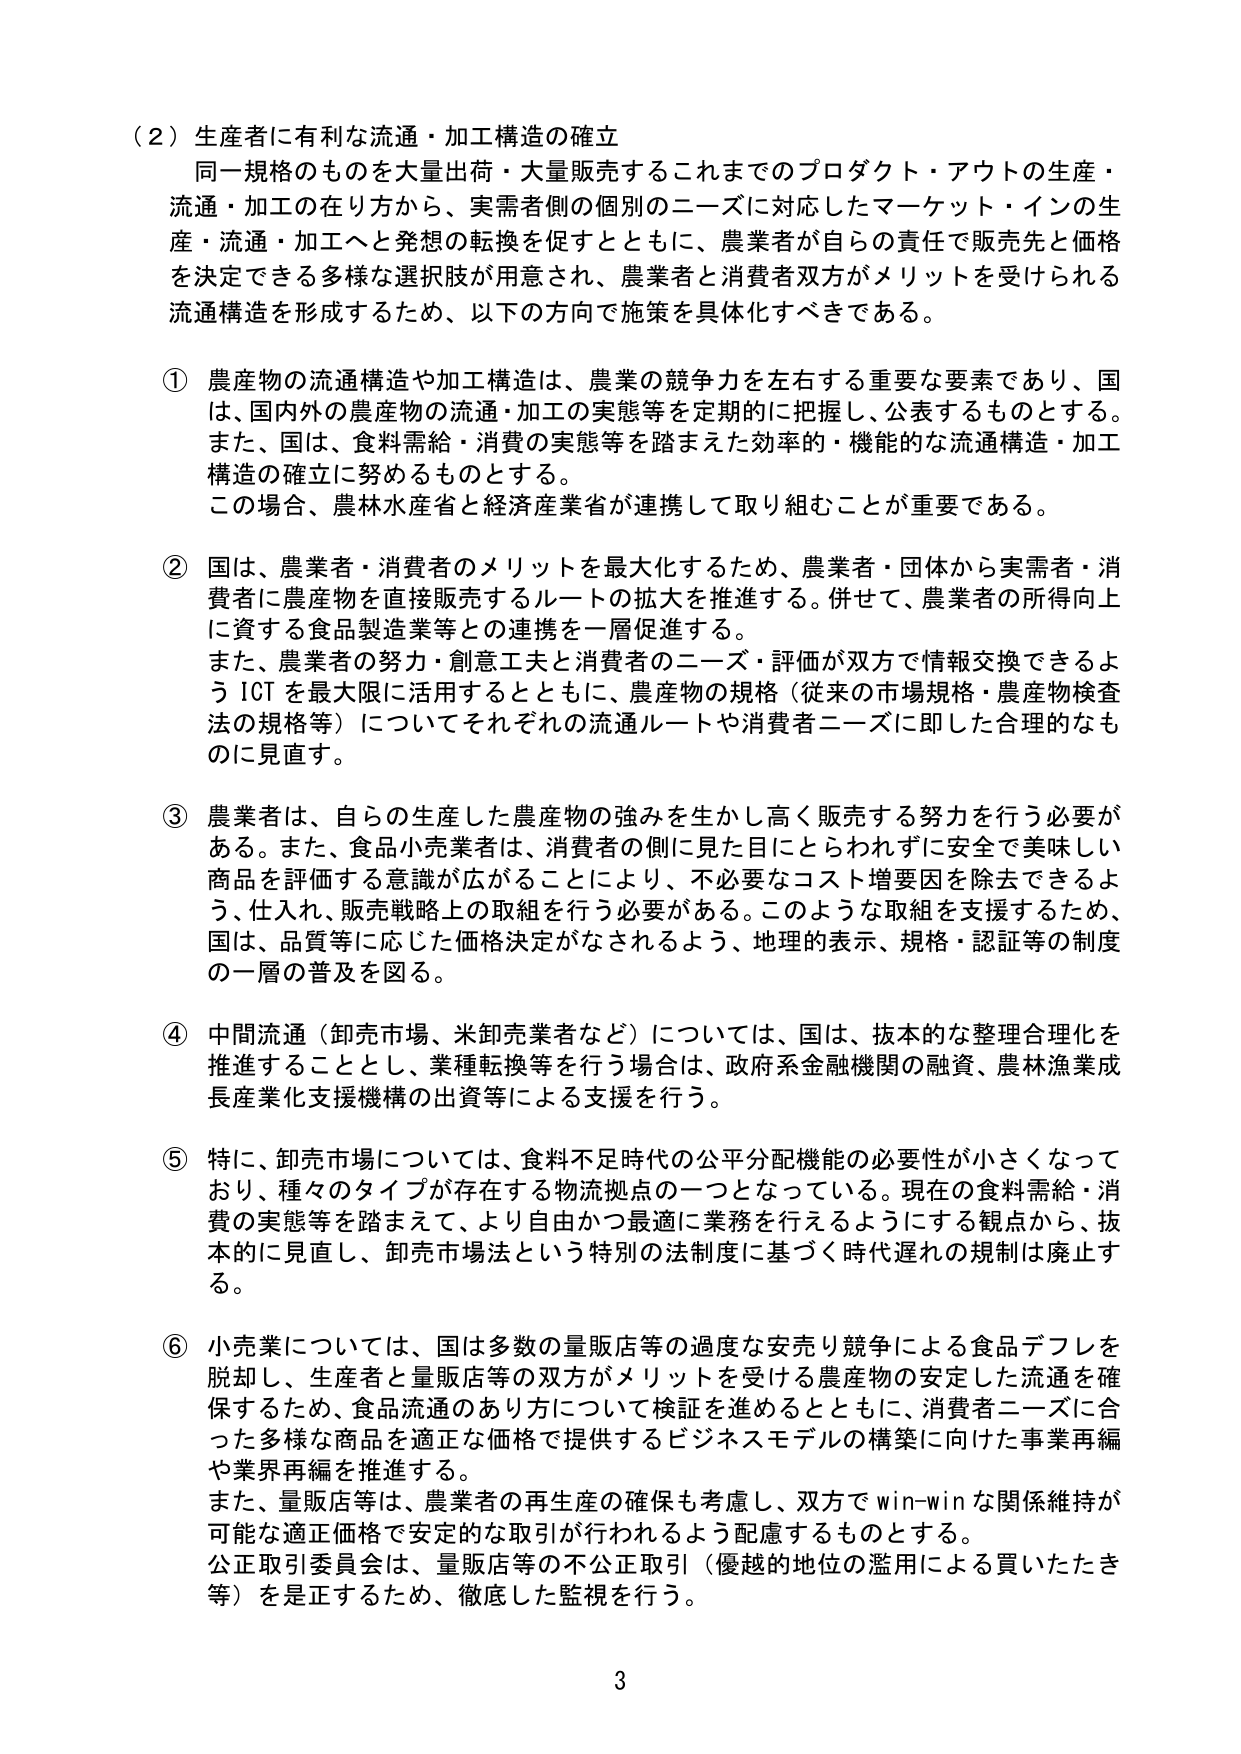
（２）生産者に有利な流通・加工構造の確立
同一規格のものを大量出荷・大量販売するこれまでのプロダクト・アウトの生産・流通・加工の在り方から、実需者側の個別のニーズに対応したマーケット・インの生産・流通・加工へと発想の転換を促すとともに、農業者が自らの責任で販売先と価格を決定できる多様な選択肢が用意され、農業者と消費者双方がメリットを受けられる流通構造を形成するため、以下の方向で施策を具体化すべきである。

① 農産物の流通構造や加工構造は、農業の競争力を左右する重要な要素であり、国は、国内外の農産物の流通・加工の実態等を定期的に把握し、公表するものとする。また、国は、食料需給・消費の実態等を踏まえた効率的・機能的な流通構造・加工構造の確立に努めるものとする。この場合、農林水産省と経済産業省が連携して取り組むことが重要である。

② 国は、農業者・消費者のメリットを最大化するため、農業者・団体から実需者・消費者に農産物を直接販売するルートの拡大を推進する。併せて、農業者の所得向上に資する食品製造業等との連携を一層促進する。また、農業者の努力・創意工夫と消費者のニーズ・評価が双方で情報交換できるよう ICT を最大限に活用するとともに、農産物の規格（従来の市場規格・農産物検査法の規格等）についてそれぞれの流通ルートや消費者ニーズに即した合理的なものに見直す。

③ 農業者は、自らの生産した農産物の強みを生かし高く販売する努力を行う必要がある。また、食品小売業者は、消費者の側に見た目にとらわれずに安全で美味しい商品を評価する意識が広がることにより、不必要なコスト増要因を除去できるよう、仕入れ、販売戦略上の取組を行う必要がある。このような取組を支援するため、国は、品質等に応じた価格決定がなされるよう、地理的表示、規格・認証等の制度の一層の普及を図る。

④ 中間流通（卸売市場、米卸売業者など）については、国は、抜本的な整理合理化を推進することとし、業種転換等を行う場合は、政府系金融機関の融資、農林漁業成長産業化支援機構の出資等による支援を行う。

⑤ 特に、卸売市場については、食料不足時代の公平分配機能の必要性が小さくなっており、種々のタイプが存在する物流拠点の一つとなっている。現在の食料需給・消費の実態等を踏まえて、より自由かつ最適に業務を行えるようにする観点から、抜本的に見直し、卸売市場法という特別の法制度に基づく時代遅れの規制は廃止する。

⑥ 小売業については、国は多数の量販店等の過度な安売り競争による食品デフレを脱却し、生産者と量販店等の双方がメリットを受けれる農産物の安定した流通を確保するため、食品流通のあり方について検証を進めるとともに、消費者ニーズに合った多様な商品を適正な価格で提供するビジネスモデルの構築に向けた事業再編や業界再編を推進する。また、量販店等は、農業者の再生産の確保も考慮し、双方で win-win な関係維持が可能な適正価格で安定的な取引が行われるよう配慮するものとする。公正取引委員会は、量販店等の不公正取引（優越的地位の濫用による買いたたき等）を是正するため、徹底した監視を行う。

3